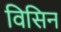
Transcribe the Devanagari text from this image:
विसिन